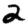
Digit: 2